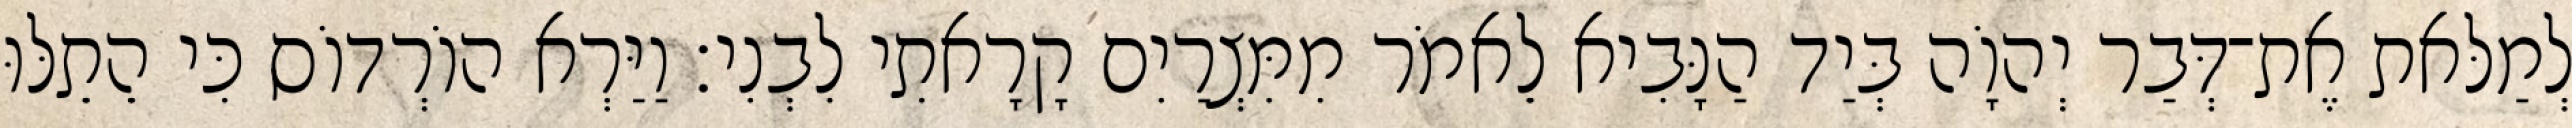
לְמַלּאת אֶת־דְּבַר יְהוָֹה בְּיַד הַנָּבִיא לֵאמֹר מִמִּצְרַיִם קָרָאתִי לִבְנִי׃ וַיַּרְא הוֹרְדוֹס כִּי הֵתֵלּוּ